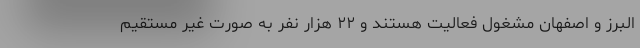
البرز و اصفهان مشغول فعالیت هستند و ۲۲ هزار نفر به صورت غیر مستقیم